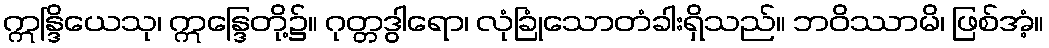
ဣန္ဒြိယေသု၊ ဣန္ဒြေတို့၌။ ဂုတ္တဒွါရော၊ လုံခြုံသောတံခါးရှိသည်။ ဘဝိဿာမိ၊ ဖြစ်အံ့။